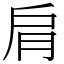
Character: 肩